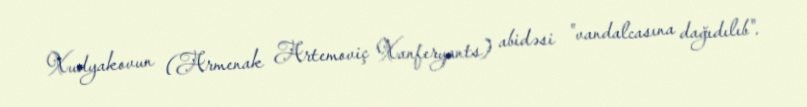
Xudyakovun (Armenak Artemoviç Xanferyants) abidəsi "vandalcasına dağıdılıb".